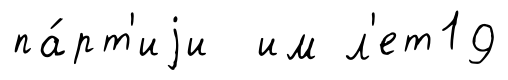
па́рт'иjи им л'ет19